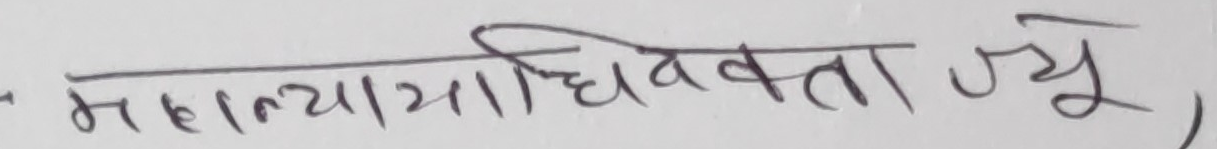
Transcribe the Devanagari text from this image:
महान्यायाधिवक्ता ज्यू,